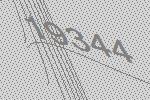
19344